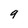
Character: 9